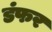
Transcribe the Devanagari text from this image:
डंफर